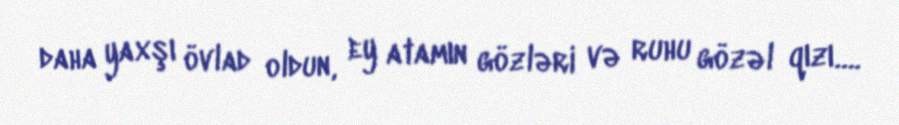
daha yaxşı övlad oldun, ey atamın gözləri və ruhu gözəl qızı….